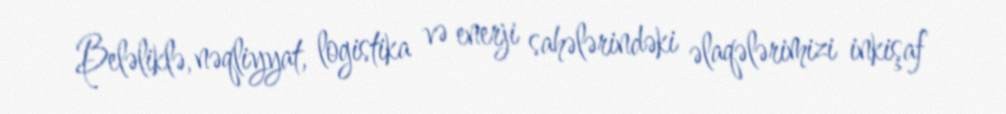
Beləliklə, nəqliyyat, logistika və enerji sahələrindəki əlaqələrimizi inkişaf